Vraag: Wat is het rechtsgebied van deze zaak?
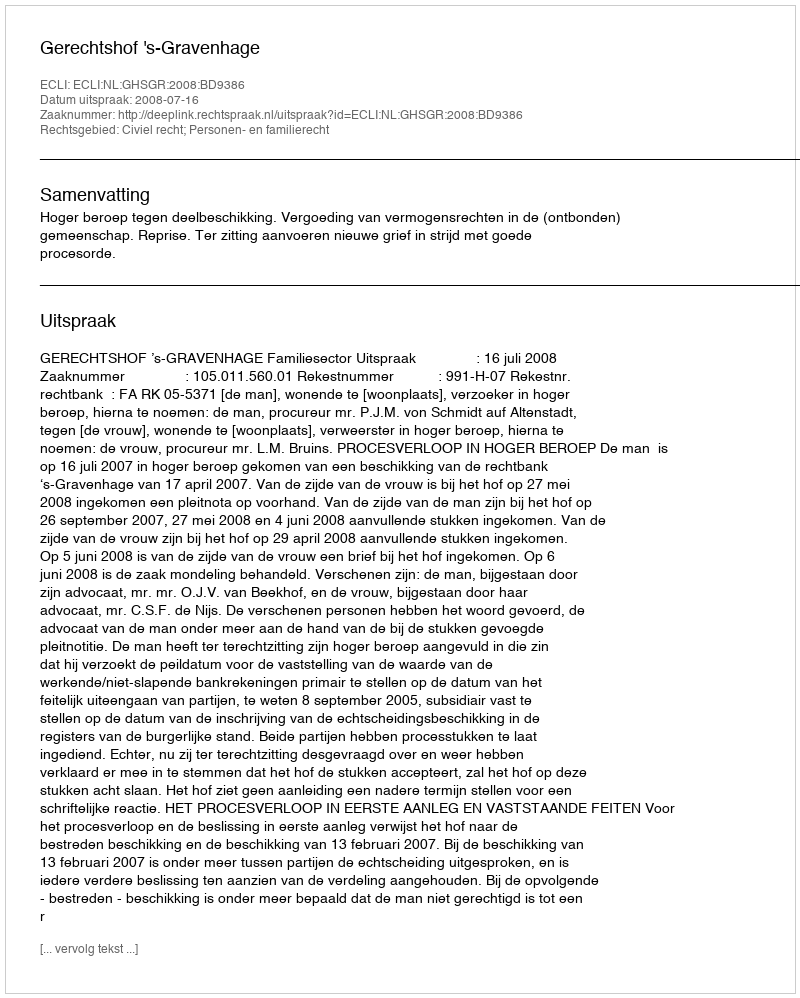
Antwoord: Civiel recht; Personen- en familierecht